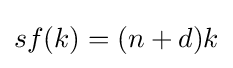
sf(k)=(n+d)k